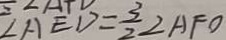
\angle A E D = \frac { 3 } { 2 } \angle A F O